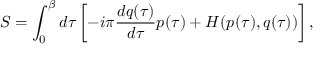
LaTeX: S = \int _ { 0 } ^ { \beta } d \tau \left[ - i \pi \frac { d q ( \tau ) } { d \tau } p ( \tau ) + H ( p ( \tau ) , q ( \tau ) ) \right] ,